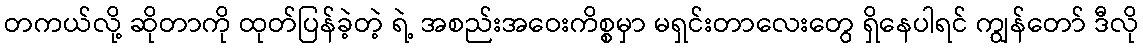
တကယ်လို့ ဆိုတာကို ထုတ်ပြန်ခဲ့တဲ့ ရဲ့ အစည်းအဝေးကိစ္စမှာ မရှင်းတာလေးတွေ ရှိနေပါရင် ကျွန်တော် ဒီလို